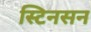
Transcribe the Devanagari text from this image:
स्टिनसन